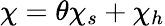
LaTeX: \chi=\theta\chi_{s}+\chi_{h}